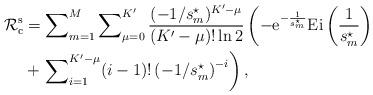
LaTeX: \begin{align*}{{\mathcal{R}}}_{{\rm{c}}}^{\rm{s}}&=\sum\nolimits_{m=1}^{M}\sum\nolimits_{\mu=0}^{K'}\frac{(-1/s_{m}^{\star})^{K'-\mu}}{(K'-\mu)!\ln{2}}\left(-{\rm{e}}^{-\frac{1}{s_{m}^{\star}}}{\rm{Ei}}\left(\frac{1}{s_{m}^{\star}}\right)\right.\\&+\left.\sum\nolimits_{i=1}^{K'-\mu}(i-1)!\left(-1/s_{m}^{\star}\right)^{-i}\right),\end{align*}